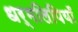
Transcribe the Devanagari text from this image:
धर्मलिपियाँ